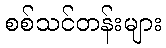
စစ်သင်တန်းများ